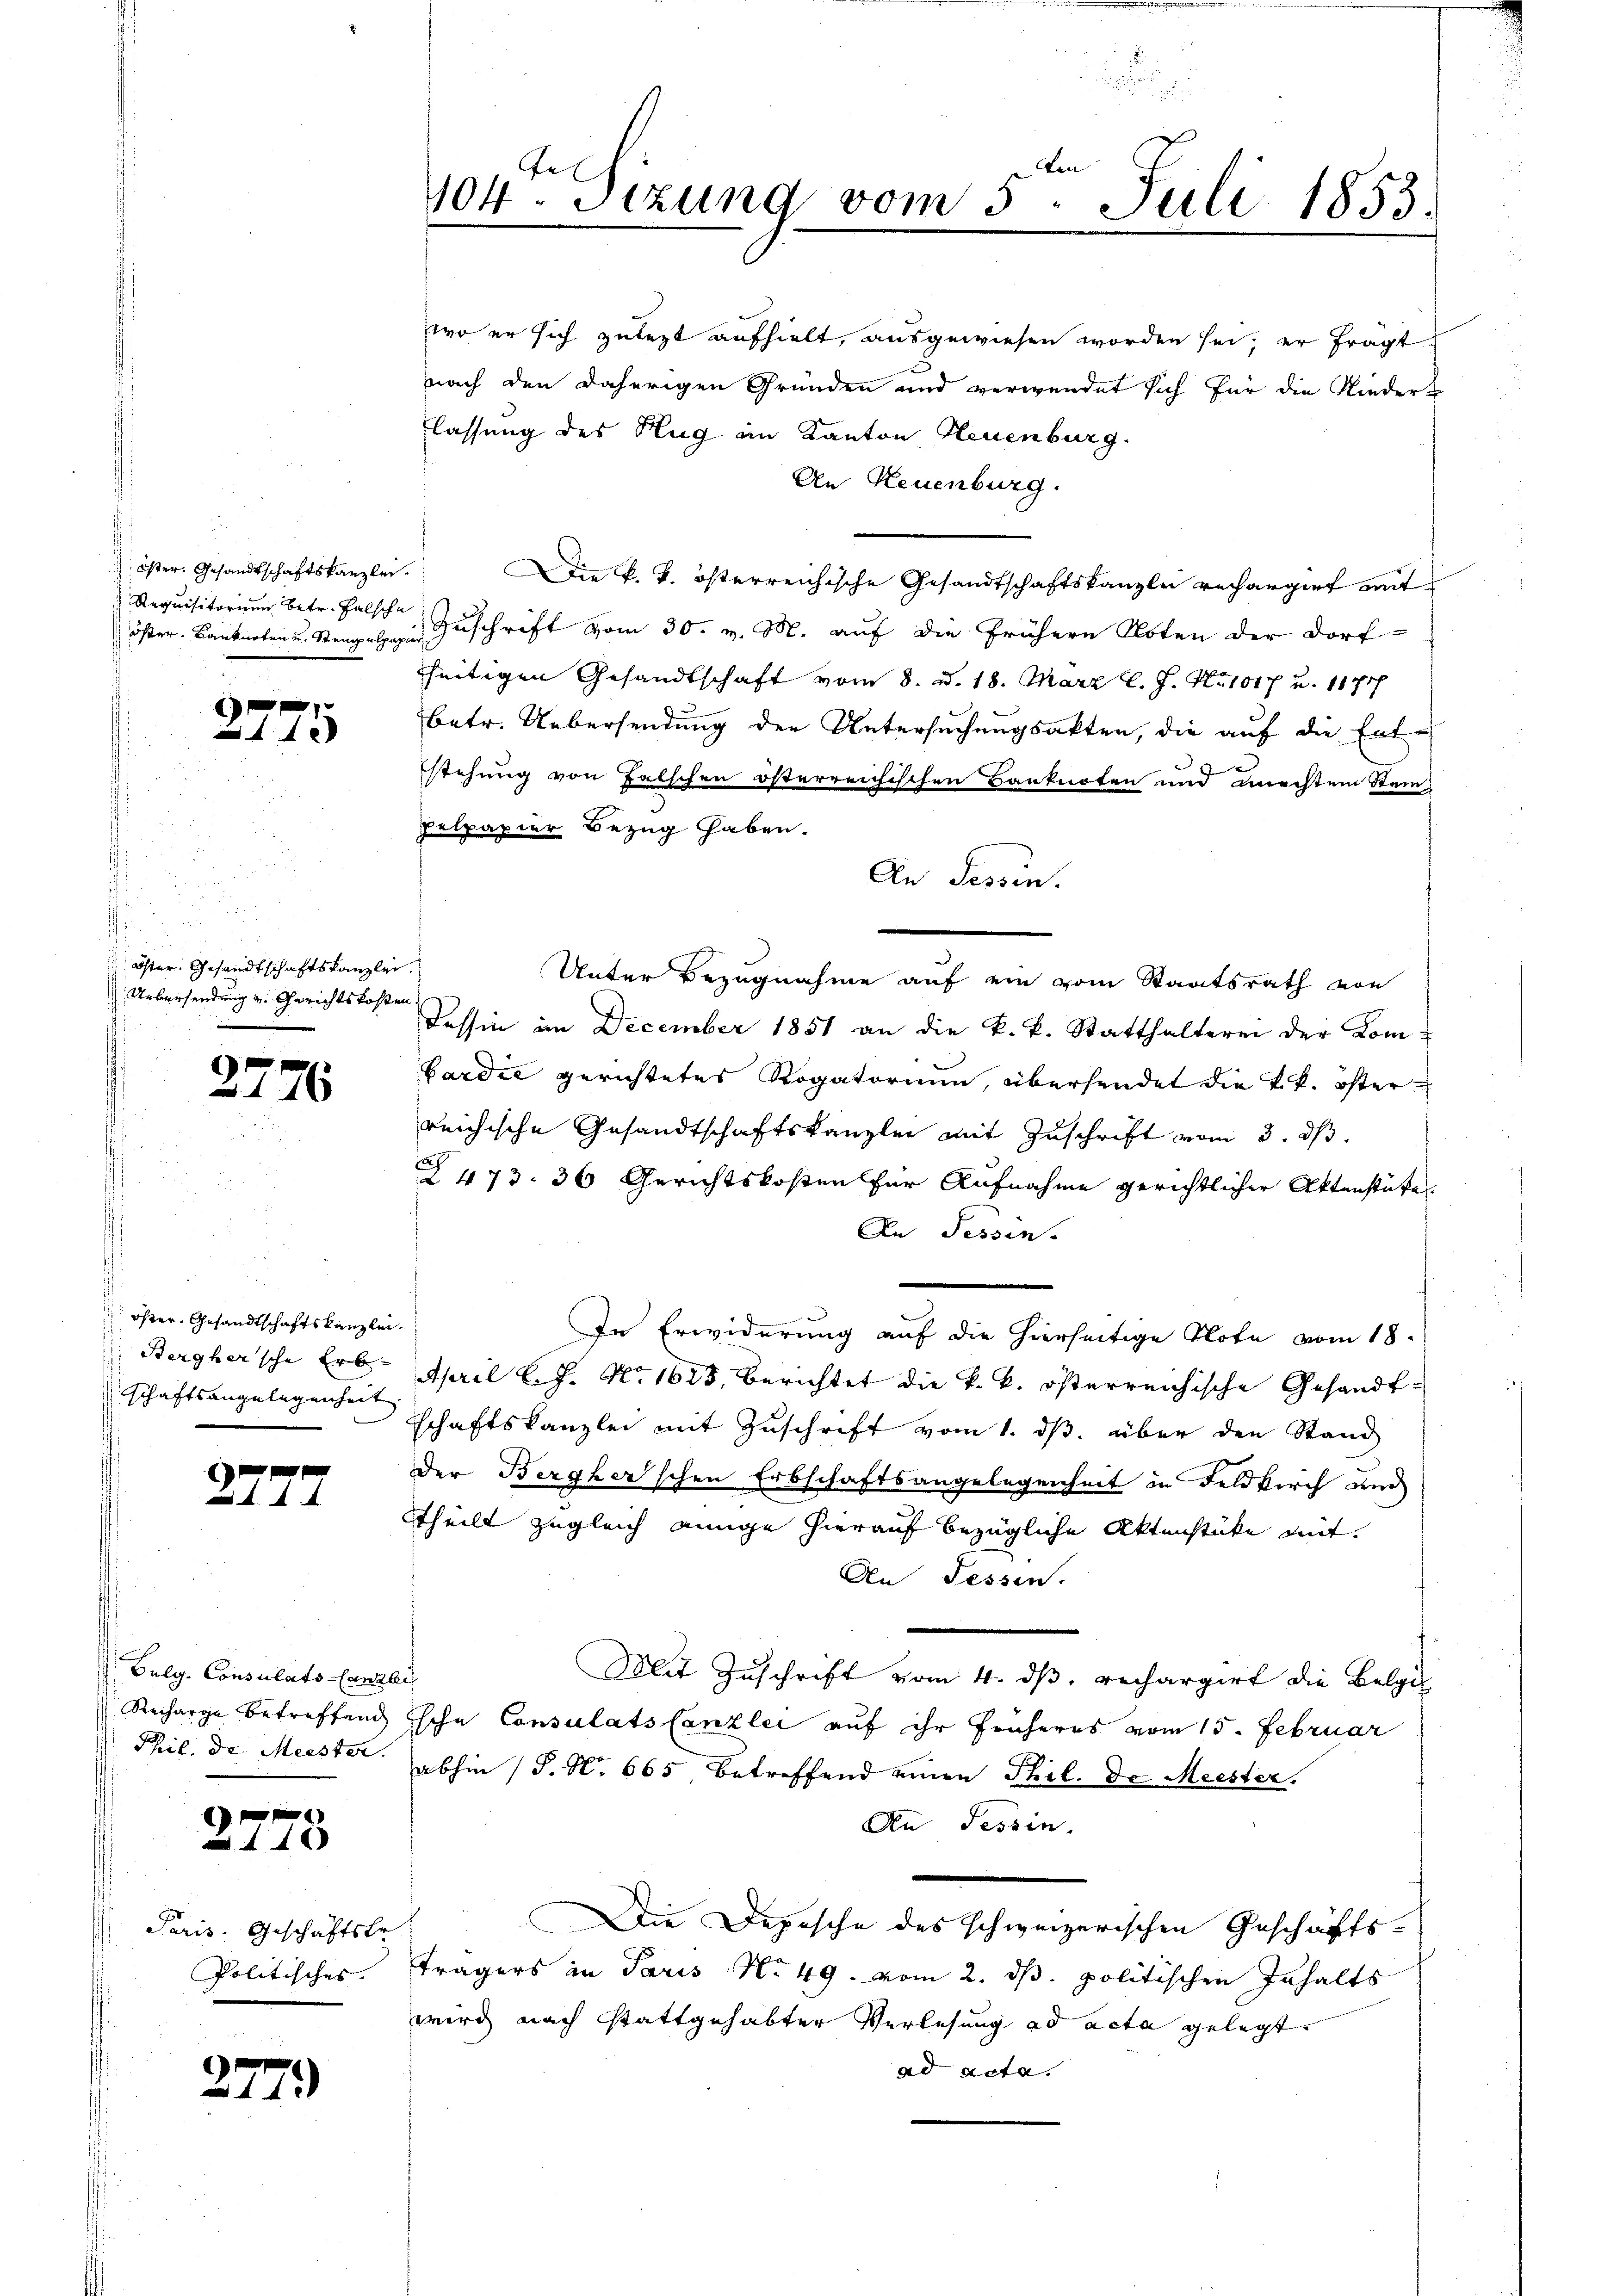
öster. Gesandtschaftskanzlei.
Requisitorium betr. Falsche

2775

Öster. Gesandtschaftskanzlei.
Uebersendung u. Gerichtskosten.

27

öster. Gesandtschaftskanzlei.
Bergher'sche Erb-
schaftsangelegenheit

27

Culg. Consulats-Canzli
Recharge betreffend

26

2

f
10

Paris. Geschäftste
Politisches.

2779

br be
104ten Sizung vom 5. Juli 1853

wo er sich zulezt aufhielt, ausgewiesen worden sei; er fragt
nach den daherigen Gründen und verwendet sich für die Nieder-
lassung des Hug in Kanton Neuenburg.
An Neuenburg.
Die k. k. österreichische Gesandtschaftskanzlei rechargirt mit
öster Banknoten u. Steegeln Zuschrift vom 30. v. M. auf die frühern Noten der Dorf-
seitigen Gesandtschaft vom 8. d. 18. März l. J. No 1017 u. 1171
betr. Uebersendung der Untersuchungsakten, die auf die Entstehung von Falschen österreichischen Banknoten und machtem Stein
pelpapier Bezug haben.
Unter Bezugnahme auf ein vom Staatsrath von
Tessin im December 1851 an die k. k. Statthalterei der Kom-
bardić gerichtetes Rogatorium, übersendet die k. k. österreichische Gesandtschaftskanzlei mit Zuschrift vom 3. ds.
e
2 473. 36 Gerichtskosten für Aufnahme gerichtlicher Aktenstüke
An Tessin.
In Erwiderung auf die hierseitige Note vom 18.
April l. J. No. 1623, berichtet die k. k. österreichische Gesandt-
schaftskanzlei mit Zuschrift vom 1. ds. über den Stand
Der Bergher'schen Erbschaftsangelegenheit in Feldkirch wi
Theilt zugleich einige hierauf bezügliche Aktenstücke mit
An Fessen.
Mit Zuschrift vom 4. ds. rechargirt die Belgis
Esche Consulats Canzlei auf ihr früheres vom 15. Februar
Phil. de Meister. abhin (S. N. 665, betreffend einen Thil. Dr. Meister.
An Tessin.
Die Depesche des schweizerischen Geschäftsträgers in Paris No 49. vom 2. ds. politischen Inhalts
wird nach stattgehabter Verlesung ad acta gelegt.
ad acta.

An Tessin.